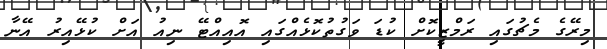
މިރޭގެ މެޗުގައި ރަމްޒީކޮށް ކުޑަ ވަގުތުކޮޅެއްގައި އޮއިއްޓޭ ނިއު އަށް ކުޅޭއިރު އޭނާ